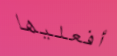
أفعليها